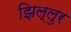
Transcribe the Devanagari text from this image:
झिल्लुर